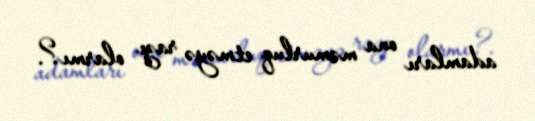
adamları ona məmurluq etməyə razı olarmı?.